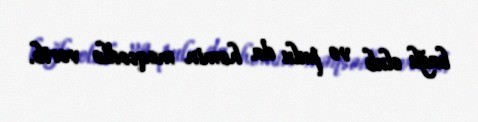
bağlı olub və pulu da həmin məqsədlə verib.